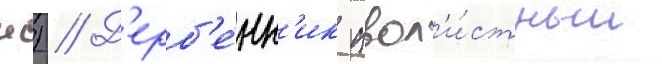
ж) // Д'ерб'е́нн'ик ивол'и́стныи